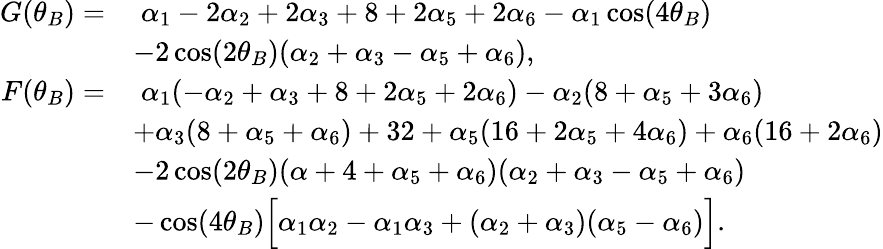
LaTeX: \begin{array}{rl}{G(\theta_{B})=}&{\; \alpha_{1}-2\alpha_{2}+2\alpha_{3}+8+2\alpha_{5}+2\alpha_{6}-\alpha_{1}\cos(4\theta_{B})}\\ &{-2\cos(2\theta_{B})(\alpha_{2}+\alpha_{3}-\alpha_{5}+\alpha_{6}),}\\ {F(\theta_{B})=}&{\; \alpha_{1}(-\alpha_{2}+\alpha_{3}+8+2\alpha_{5}+2\alpha_{6})-\alpha_{2}(8+\alpha_{5}+3\alpha_{6})}\\ &{+\alpha_{3}(8+\alpha_{5}+\alpha_{6})+32+\alpha_{5}(16+2\alpha_{5}+4\alpha_{6})+\alpha_{6}(16+2\alpha_{6})}\\ &{-2\cos(2\theta_{B})(\alpha+4+\alpha_{5}+\alpha_{6})(\alpha_{2}+\alpha_{3}-\alpha_{5}+\alpha_{6})}\\ &{-\cos(4\theta_{B})\Big[\alpha_{1}\alpha_{2}-\alpha_{1}\alpha_{3}+(\alpha_{2}+\alpha_{3})(\alpha_{5}-\alpha_{6})\Big].}\end{array}